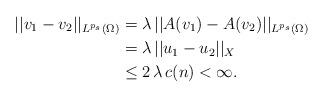
LaTeX: \begin{align*}||v_1-v_2||_{L^{p_s}(\Omega)}&=\lambda\,||A(v_1)-A(v_2)||_{L^{p_s}(\Omega)}\\&=\lambda\,||u_1-u_2||_X\\&\leq 2\,\lambda\,c(n)<\infty.\end{align*}